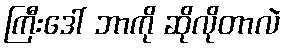
ကြီးဒေါ် ဘာကို ဆိုလိုတာလဲ